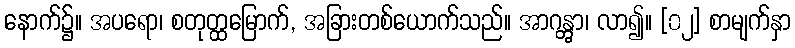
နောက်၌။ အပရော၊ စတုတ္ထမြောက်, အခြားတစ်ယောက်သည်။ အာဂန္တွာ၊ လာ၍။ [၀၂] စာမျက်နှာ